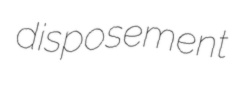
disposement